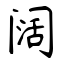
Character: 阔